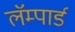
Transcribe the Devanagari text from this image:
लॅम्पार्ड